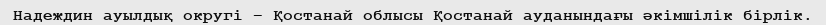
Надеждин ауылдық округі – Қостанай облысы Қостанай ауданындағы әкімшілік бірлік.